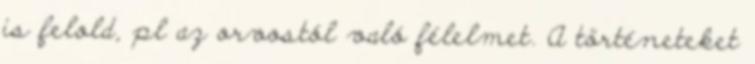
is felold, pl az orvostól való félelmet. A történeteket